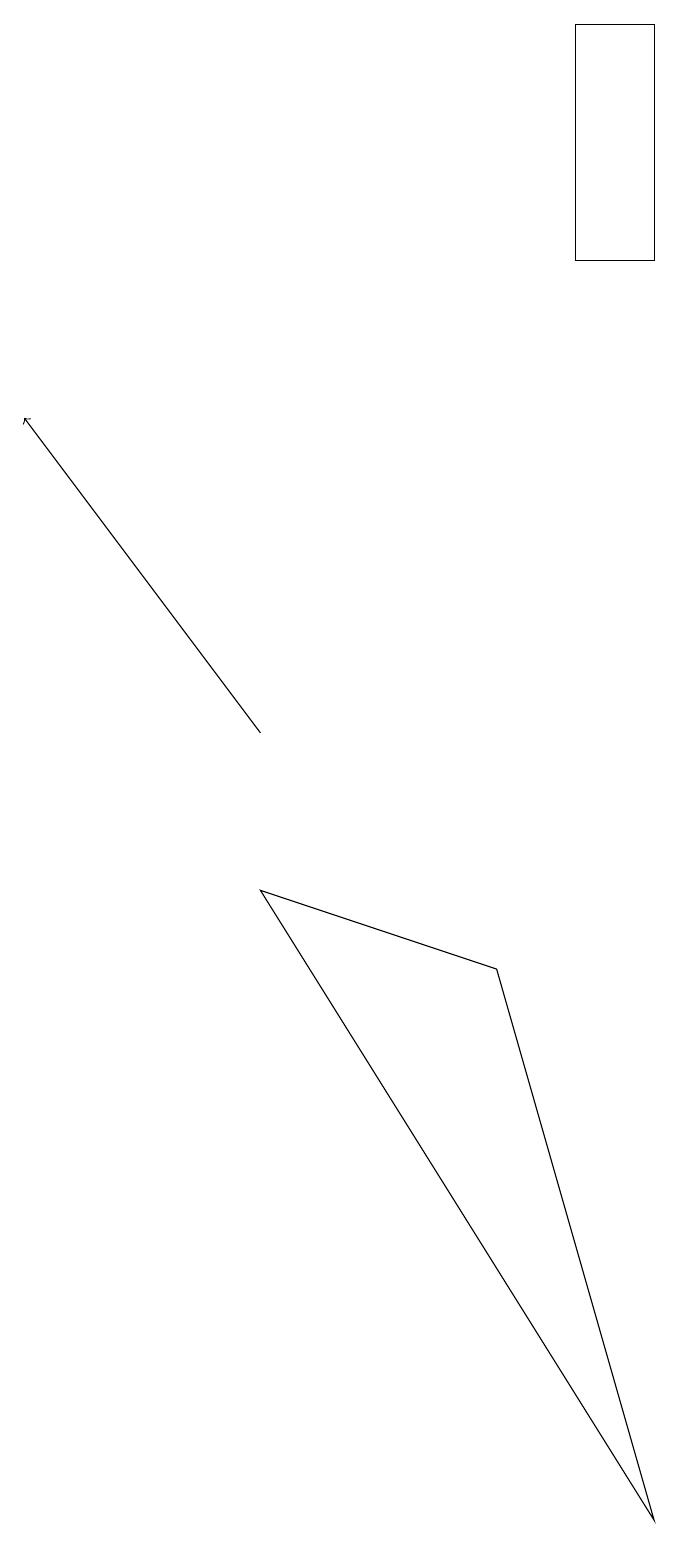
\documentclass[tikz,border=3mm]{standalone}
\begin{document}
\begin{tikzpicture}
\draw (8,16) rectangle (7,19);
\draw (3,8) -- (6,7) -- (8,0) -- cycle;
\draw[->] (3,10) -- (0,14);
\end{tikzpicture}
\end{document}